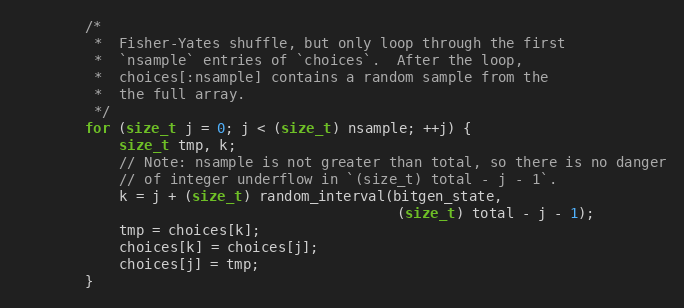
Language: C
        /*
         *  Fisher-Yates shuffle, but only loop through the first
         *  `nsample` entries of `choices`.  After the loop,
         *  choices[:nsample] contains a random sample from the
         *  the full array.
         */
        for (size_t j = 0; j < (size_t) nsample; ++j) {
            size_t tmp, k;
            // Note: nsample is not greater than total, so there is no danger
            // of integer underflow in `(size_t) total - j - 1`.
            k = j + (size_t) random_interval(bitgen_state,
                                             (size_t) total - j - 1);
            tmp = choices[k];
            choices[k] = choices[j];
            choices[j] = tmp;
        }